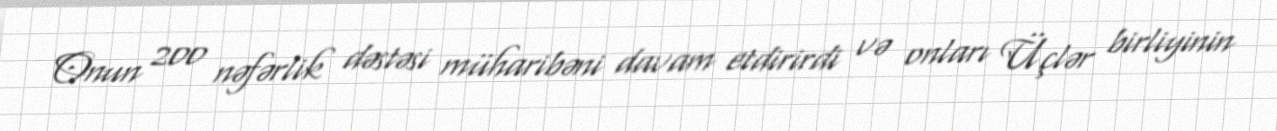
Onun 200 nəfərlik dəstəsi müharibəni davam etdirirdi və onları Üçlər birliyinin